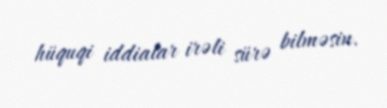
hüquqi iddialar irəli sürə bilməsin.